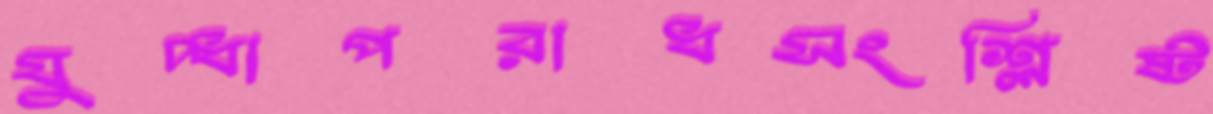
যুদ্ধাপরাধসংশ্লিষ্ট